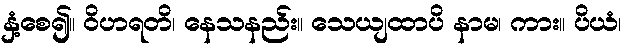
နှံ့စေ၍။ ဝိဟရတိ၊ နေသနည်း။ သေယျထာပိ နာမ၊ ကား။ ပိယံ၊